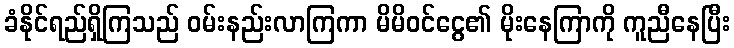
ခံနိုင်ရည်ရှိကြသည် ဝမ်းနည်းလာကြကာ မိမိဝင်ငွေ၏ မိုးနေကြာကို ကူညီနေပြီး